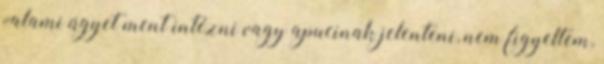
valami ügyet ment intézni vagy apucinak jelenteni, nem figyeltem,